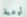
أوعية